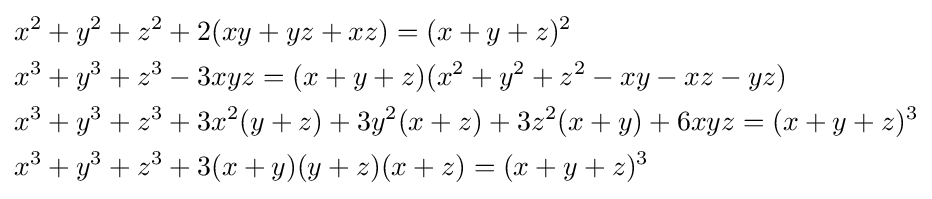
{\begin{aligned}&x^{2}+y^{2}+z^{2}+2(xy+yz+xz)=(x+y+z)^{2}\\&x^{3}+y^{3}+z^{3}-3xyz=(x+y+z)(x^{2}+y^{2}+z^{2}-xy-xz-yz)\\&x^{3}+y^{3}+z^{3}+3x^{2}(y+z)+3y^{2}(x+z)+3z^{2}(x+y)+6xyz=(x+y+z)^{3}\\&x^{3}+y^{3}+z^{3}+3(x+y)(y+z)(x+z)=(x+y+z)^{3}\\\end{aligned}}